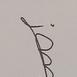
Signature authenticity: genuine